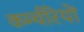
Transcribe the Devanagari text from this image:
कर्म्चरियों